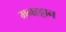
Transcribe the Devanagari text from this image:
मनहट्टान